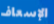
الإسعاف